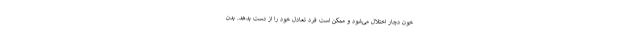
خون دچار اختلال می‌شود و ممکن است فرد تعادل خود را از دست بدهد. بدن